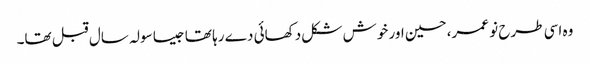
وہ اسی طرح نو عمر، حسین اور خوش شکل دکھائی دے رہا تھا جیسا سولہ سال قبل تھا۔